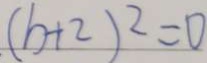
( b + 2 ) ^ { 2 } = 0